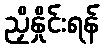
ညှိနှိုင်းရန်